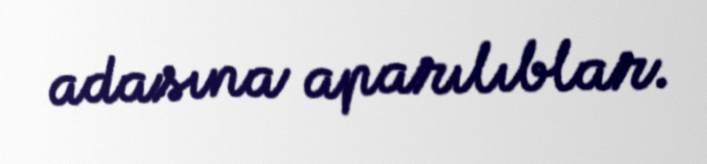
adasına aparılıblar.